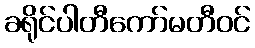
ခရိုင်ပါတီကော်မတီဝင်